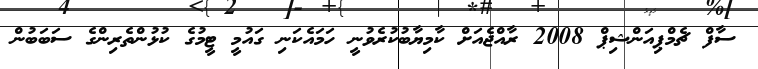
ސާފް ޗެމްޕިއަންޝިޕް 2008 ރާއްޖެއަށް ކާމިޔާބުކުރެވުނީ ހަމައެކަނި ގައުމީ ޓީމުގެ ކުޅުންތެރިންގެ ސަބަބުން